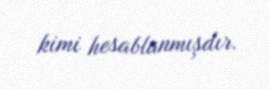
kimi hesablanmışdır.